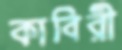
কাবিরী